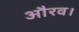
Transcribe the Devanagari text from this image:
औरव।